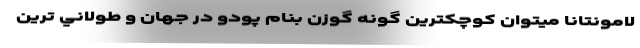
لامونتانا میتوان کوچکترين گونه گوزن بنام پودو در جهان و طولاني ترين